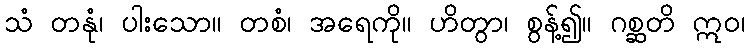
သံ တနုံ၊ ပါးသော။ တစံ၊ အရေကို။ ဟိတွာ၊ စွန့်၍။ ဂစ္ဆတိ ဣဝ၊